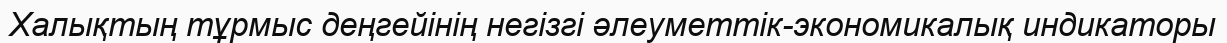
Халықтың тұрмыс деңгейінің негізгі әлеуметтік-экономикалық индикаторы